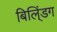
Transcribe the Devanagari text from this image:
बिलि्ंडग